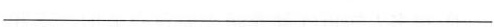
___